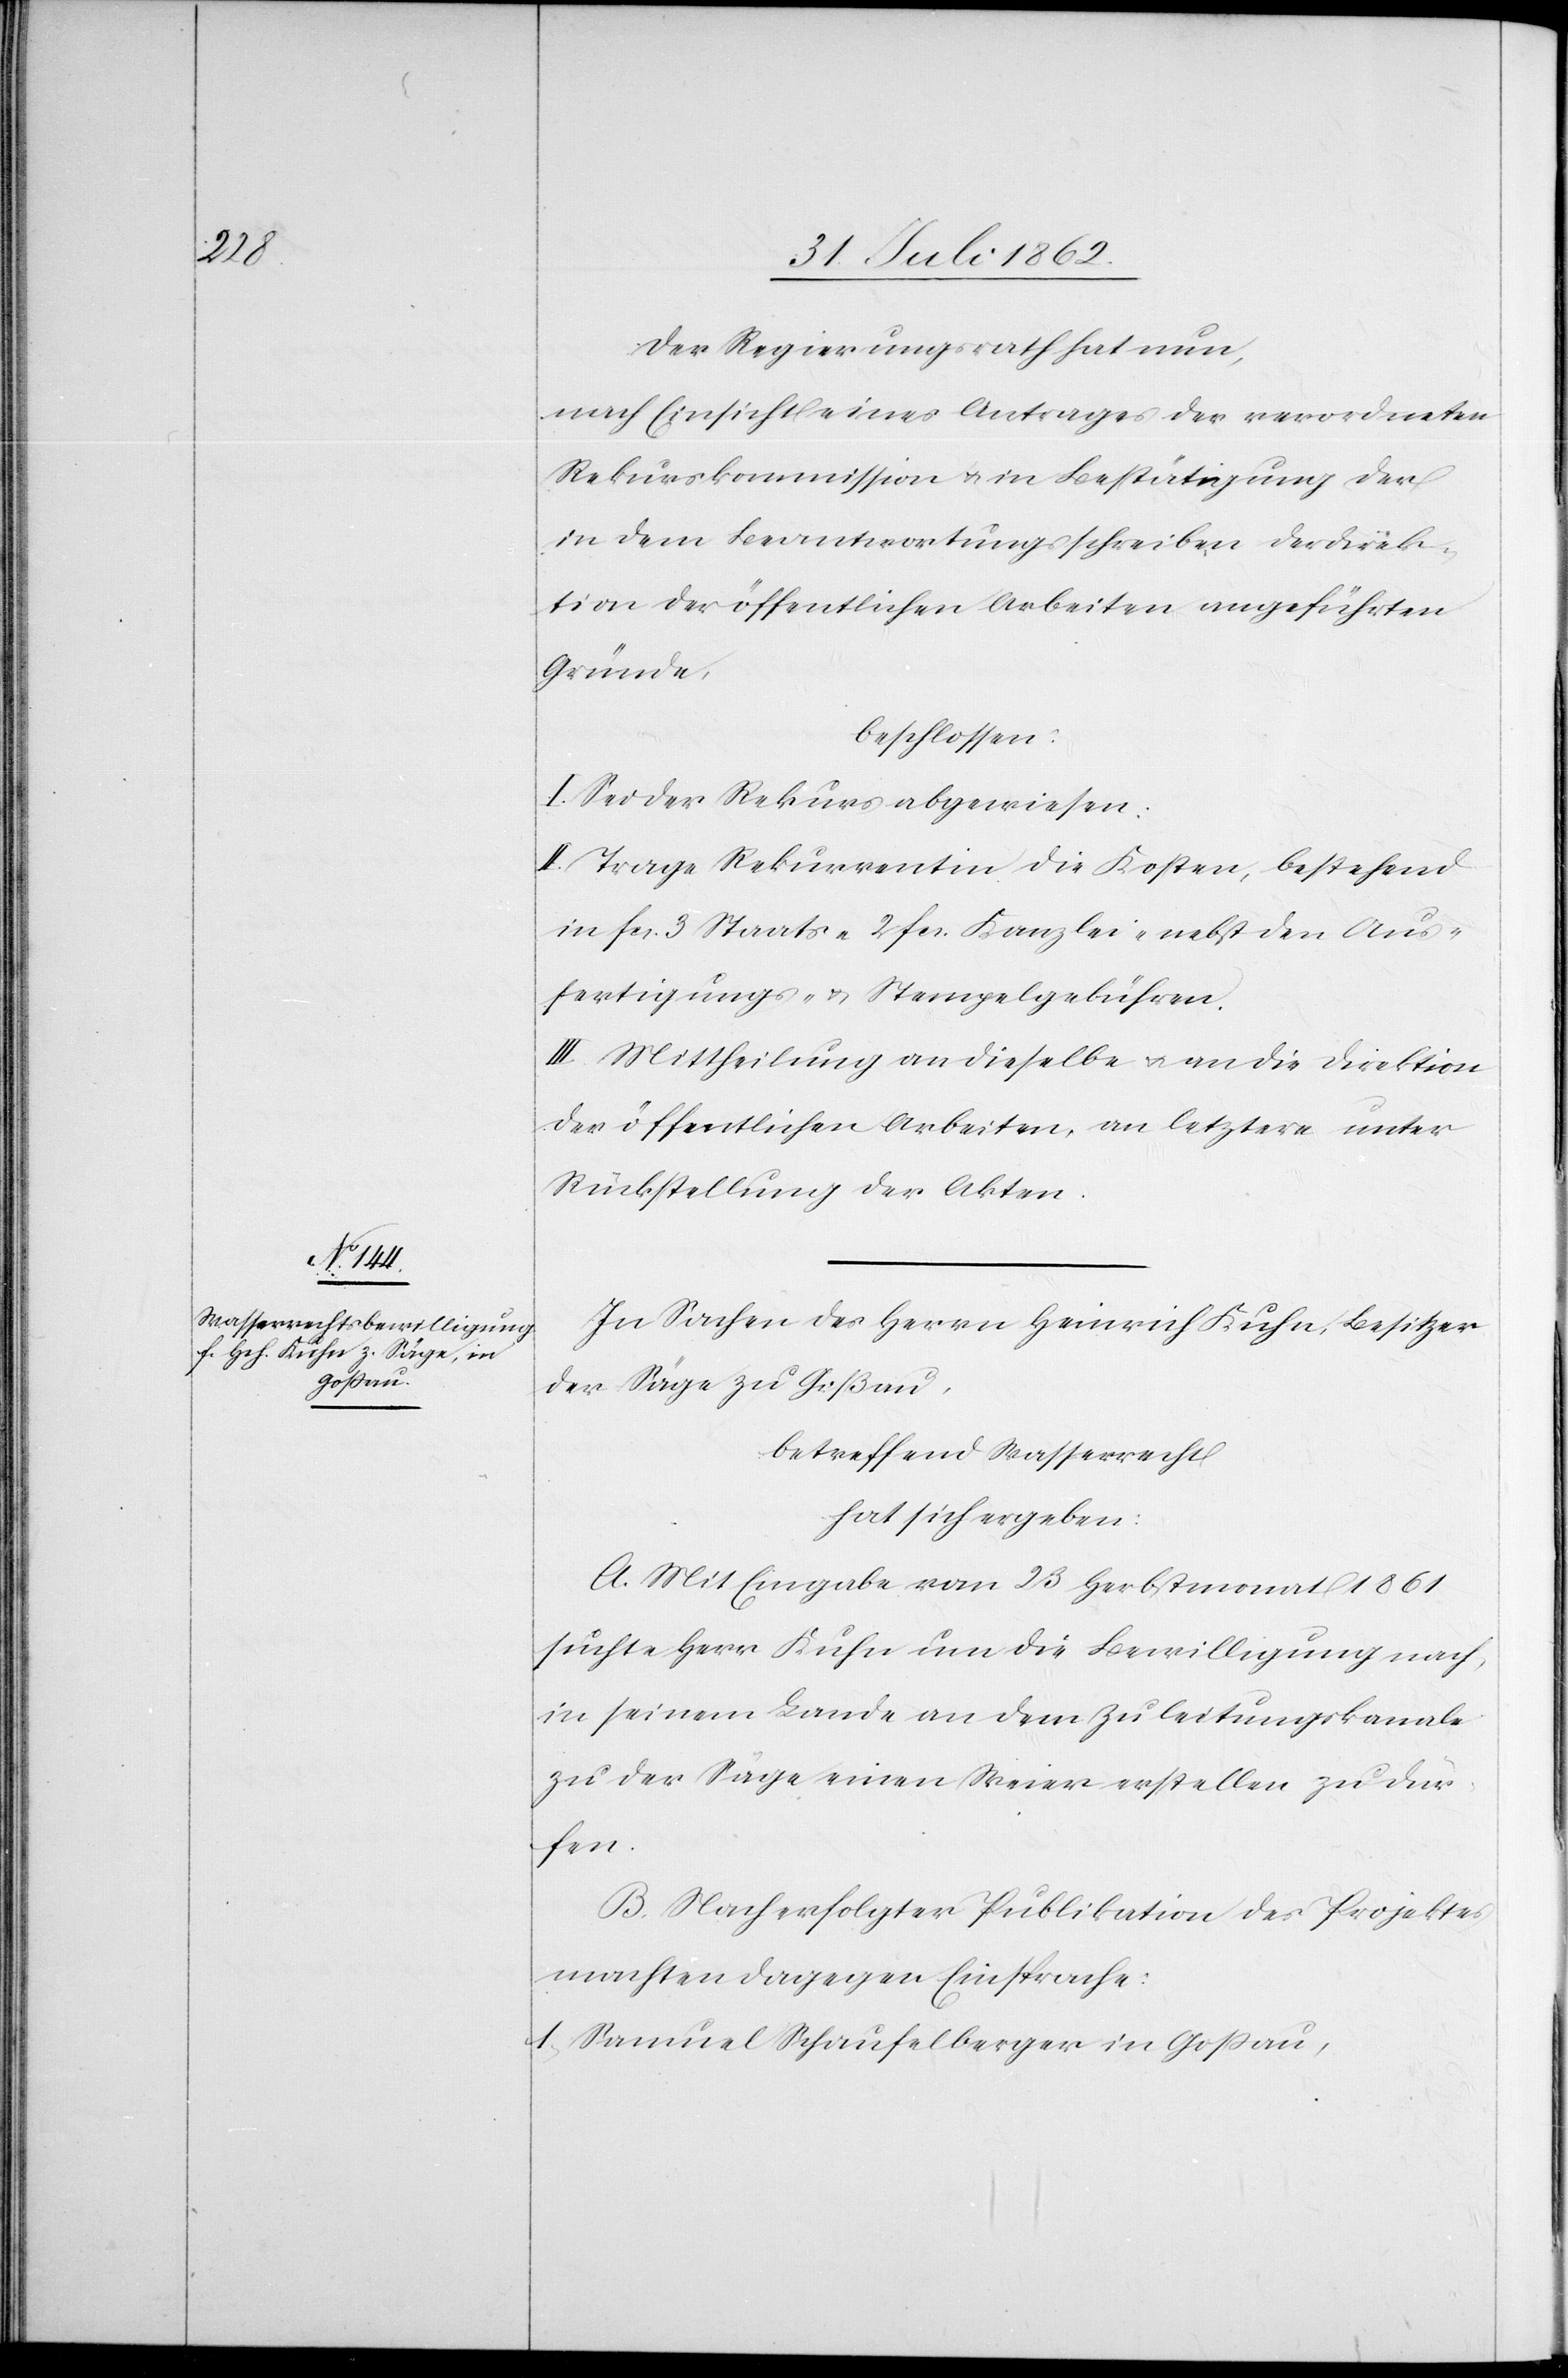
Der Regierungsrath hat nun,
nach Einsicht eines Antrages der verordneten
Rekurskommission u. in Bestätigung der
in dem Beantwortungsschreiben der Direk¬
tion der öffentlichen Arbeiten angeführten
Gründe,
beschlossen:
I. Sei der Rekurs abgewiesen.
II. Trage Rekurrentin die Kosten, bestehend
in fcs. 3 Staats-[,] 2 fcs. Kanzlei nebst den Aus¬
fertigungs- u. Stempelgebühren.
III. Mittheilung an dieselbe u. an die Direktion
der öffentlichen Arbeiten, an letztere unter
Rückstellung der Akten.
In Sachen des Herrn Heinrich Kuhn, Besitzer
der Säge zu Goßau,
betreffend Wasserrecht
hat sich ergeben:
A. Mit Eingabe vom 23. Herbstmonat 1861
suchte Herr Kuhn um die Bewilligung nach,
in seinem Lande an dem Zuleitungskanale
zu der Säge einen Weier erstellen zu dür¬
fen.
B. Nach erfolgter Publikation des Projektes
machten dagegen Einsprache:
1. Samuel Schaufelberger in Goßau,